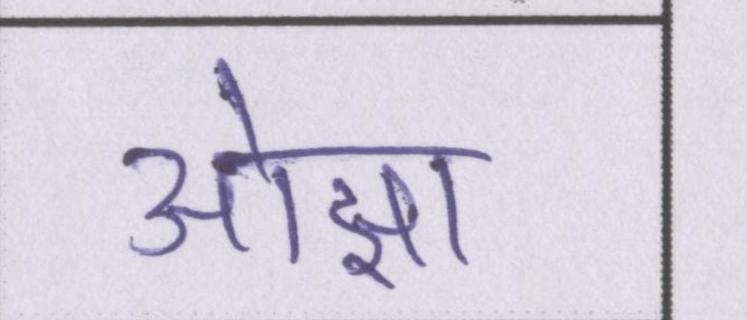
ओझा